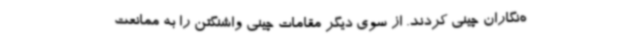
ه‌نگاران چینی کردند. از سوی دیگر مقامات چینی واشنگتن را به ممانعت